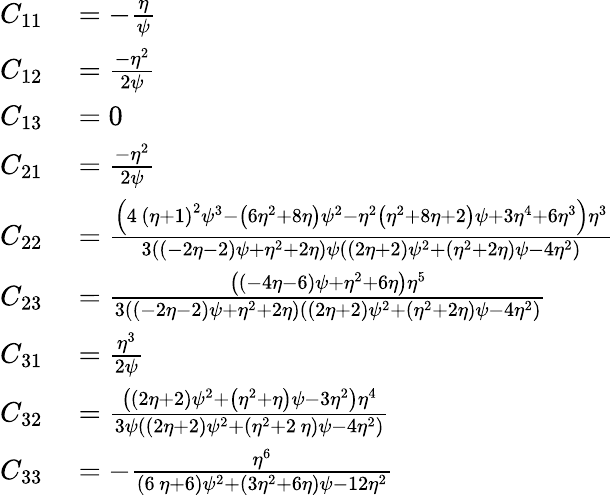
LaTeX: \begin{array}{rl}{C_{11}}&{{}=-\frac{\eta}{\psi}}\\ {C_{12}}&{{}={\frac{-{\eta}^{2}}{2\psi}}}\\ {C_{13}}&{{}=0}\\ {C_{21}}&{{}={\frac{-{\eta}^{2}}{2\psi}}}\\ {C_{22}}&{{}=\frac{\left(4\, \left(\eta+1\right)^{2}\psi^{3}-\left(6\eta^{2}+8\eta\right)\psi^{2}-\eta^{2}\left(\eta^{2}+8\eta+2\right)\psi+3\eta^{4}+6\eta^{3}\right){\eta}^{3}}{3\left(\left(-2\eta-2\right)\psi+{\eta}^{2}+2\eta\right)\psi\left(\left(2\eta+2\right)\psi^{2}+\left({\eta}^{2}+2\eta\right)\psi-4\eta^{2}\right)}}\\ {C_{23}}&{{}=\frac{\left(\left(-4\eta-6\right)\psi+\eta^{2}+6\eta\right)\eta^{5}}{3((-2\eta-2)\psi+\eta^{2}+2\eta)((2\eta+2)\psi^{2}+(\eta^{2}+2\eta)\psi-4\eta^{2})}}\\ {C_{31}}&{{}={\frac{{\eta}^{3}}{2\psi}}}\\ {C_{32}}&{{}={\frac{\left(\left(2\eta+2\right)\psi^{2}+\left({\eta}^{2}+\eta\right)\psi-3\eta^{2}\right){\eta}^{4}}{3\psi\left(\left(2\eta+2\right)\psi^{2}+\left({\eta}^{2}+2\, \eta\right)\psi-4\eta^{2}\right)}}}\\ {C_{33}}&{{}=-{\frac{{\eta}^{6}}{\left(6\, \eta+6\right)\psi^{2}+\left(3\eta^{2}+6\eta\right)\psi-12\eta^{2}}}}\end{array}